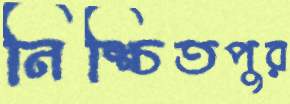
নিশ্চিতপুর